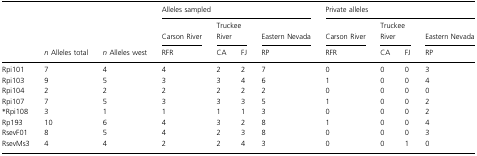
<table><thead><tr><td></td><td></td><td></td><td colspan="4"><b>Alleles sampled</b></td><td colspan="4"><b>Private alleles</b></td></tr><tr><td></td><td></td><td></td><td><b>Carson River</b></td><td colspan="2"><b>Truckee River</b></td><td><b>Eastern Nevada</b></td><td><b>Carson River</b></td><td colspan="2"><b>Truckee River</b></td><td><b>Eastern Nevada</b></td></tr><tr><td></td><td><b><i>n</i> Alleles total</b></td><td><b><i>n</i> Alleles west</b></td><td><b>RFR</b></td><td><b>CA</b></td><td><b>FJ</b></td><td><b>RP</b></td><td><b>RFR</b></td><td><b>CA</b></td><td><b>FJ</b></td><td><b>RP</b></td></tr></thead><tbody><tr><td>Rpi101</td><td>7</td><td>4</td><td>4</td><td>2</td><td>2</td><td>7</td><td>0</td><td>0</td><td>0</td><td>3</td></tr><tr><td>Rpi103</td><td>9</td><td>5</td><td>3</td><td>3</td><td>4</td><td>6</td><td>1</td><td>0</td><td>0</td><td>4</td></tr><tr><td>Rpi104</td><td>2</td><td>2</td><td>2</td><td>2</td><td>2</td><td>2</td><td>0</td><td>0</td><td>0</td><td>0</td></tr><tr><td>Rpi107</td><td>7</td><td>5</td><td>3</td><td>3</td><td>3</td><td>5</td><td>1</td><td>0</td><td>0</td><td>2</td></tr><tr><td>*Rpi108</td><td>3</td><td>1</td><td>1</td><td>1</td><td>1</td><td>3</td><td>0</td><td>0</td><td>0</td><td>2</td></tr><tr><td>Rp193</td><td>10</td><td>6</td><td>4</td><td>3</td><td>2</td><td>8</td><td>1</td><td>0</td><td>0</td><td>4</td></tr><tr><td>RsevF01</td><td>8</td><td>5</td><td>4</td><td>2</td><td>3</td><td>8</td><td>0</td><td>0</td><td>0</td><td>3</td></tr><tr><td>RsevMs3</td><td>4</td><td>4</td><td>2</td><td>2</td><td>4</td><td>3</td><td>0</td><td>0</td><td>1</td><td>0</td></tr></tbody></table>